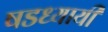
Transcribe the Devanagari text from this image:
षडध्यायी